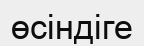
өсіндіге